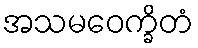
အသမဝေက္ခိတံ